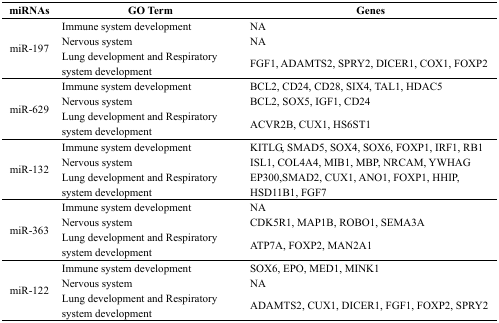
<table><thead><tr><td><b>miRNAs</b></td><td><b>GO Term</b></td><td><b>Genes</b></td></tr></thead><tbody><tr><td rowspan="3">miR-197</td><td>Immune system development</td><td>NA</td></tr><tr><td>Nervous system</td><td>NA</td></tr><tr><td>Lung development and Respiratory system development</td><td>FGF1, ADAMTS2, SPRY2, DICER1, COX1, FOXP2</td></tr><tr><td rowspan="3">miR-629</td><td>Immune system development</td><td>BCL2, CD24, CD28, SIX4, TAL1, HDAC5</td></tr><tr><td>Nervous system</td><td>BCL2, SOX5, IGF1, CD24</td></tr><tr><td>Lung development and Respiratory system development</td><td>ACVR2B, CUX1, HS6ST1</td></tr><tr><td rowspan="3">miR-132</td><td>Immune system development</td><td>KITLG, SMAD5, SOX4, SOX6, FOXP1, IRF1, RB1</td></tr><tr><td>Nervous system</td><td>ISL1, COL4A4, MIB1, MBP, NRCAM, YWHAG</td></tr><tr><td>Lung development and Respiratory system development</td><td>EP300,SMAD2, CUX1, ANO1, FOXP1, HHIP, HSD11B1, FGF7</td></tr><tr><td rowspan="3">miR-363</td><td>Immune system development</td><td>NA</td></tr><tr><td>Nervous system</td><td>CDK5R1, MAP1B, ROBO1, SEMA3A</td></tr><tr><td>Lung development and Respiratory system development</td><td>ATP7A, FOXP2, MAN2A1</td></tr><tr><td rowspan="3">miR-122</td><td>Immune system development</td><td>SOX6, EPO, MED1, MINK1</td></tr><tr><td>Nervous system</td><td>NA</td></tr><tr><td>Lung development and Respiratory system development</td><td>ADAMTS2, CUX1, DICER1, FGF1, FOXP2, SPRY2</td></tr></tbody></table>